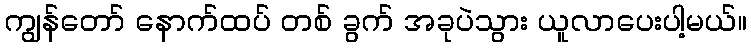
ကျွန်တော် နောက်ထပ် တစ် ခွက် အခုပဲသွား ယူလာပေးပါ့မယ်။